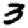
Digit: 3